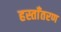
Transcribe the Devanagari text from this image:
हस्ताँतरण